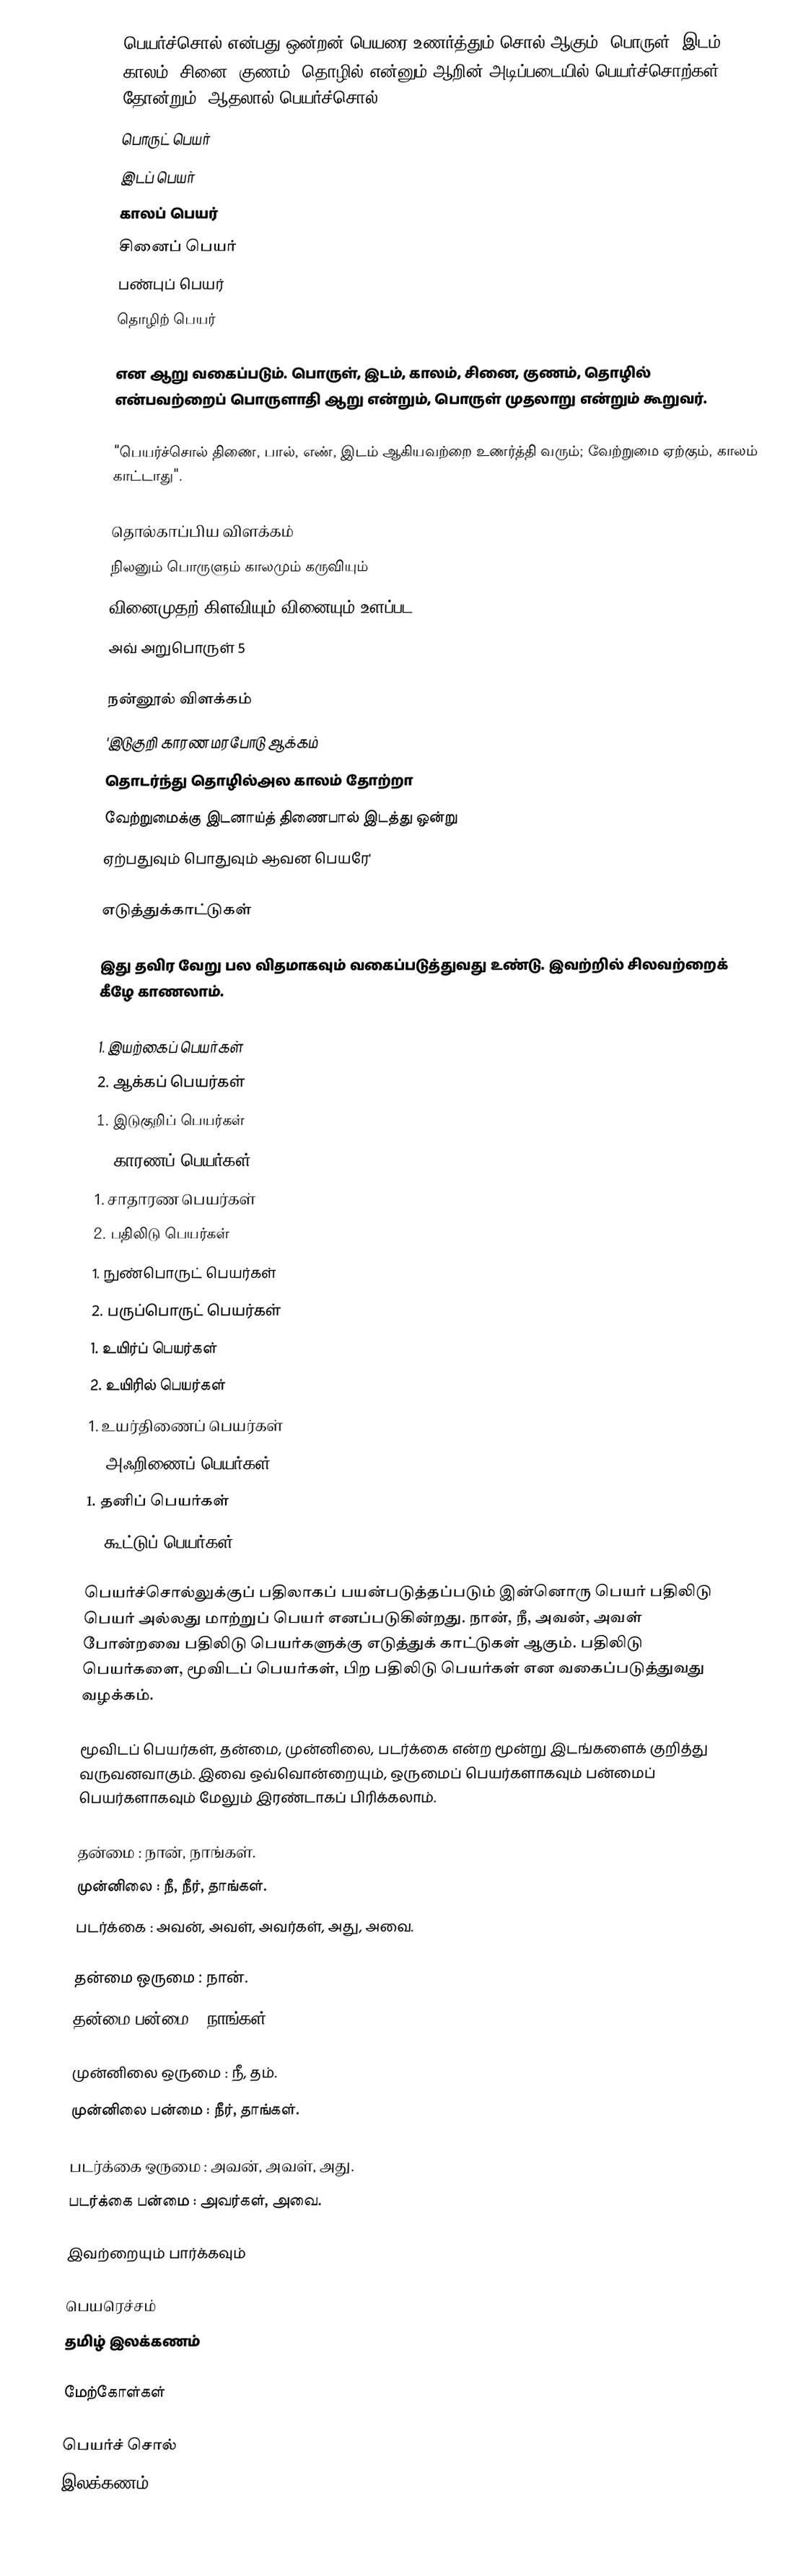
பெயர்ச்சொல் என்பது ஒன்றன் பெயரை உணர்த்தும் சொல் ஆகும். பொருள், இடம், காலம், சினை, குணம், தொழில் என்னும் ஆறின் அடிப்படையில் பெயர்ச்சொற்கள் தோன்றும். ஆதலால் பெயர்ச்சொல்
 பொருட் பெயர்
 இடப் பெயர்
 காலப் பெயர்
 சினைப் பெயர்
 பண்புப் பெயர்
 தொழிற் பெயர்

என ஆறு வகைப்படும். பொருள், இடம், காலம், சினை, குணம், தொழில் என்பவற்றைப் பொருளாதி ஆறு என்றும், பொருள் முதலாறு என்றும் கூறுவர்.

"பெயர்ச்சொல் திணை, பால், எண், இடம் ஆகியவற்றை உணர்த்தி வரும்; வேற்றுமை ஏற்கும், காலம் காட்டாது".

தொல்காப்பிய விளக்கம்
நிலனும் பொருளும் காலமும் கருவியும்
வினைமுதற் கிளவியும் வினையும் உளப்பட
அவ் அறுபொருள்  5

நன்னூல் விளக்கம்
'இடுகுறி காரண மரபோடு ஆக்கம்
தொடர்ந்து தொழில்அல காலம் தோற்றா
வேற்றுமைக்கு இடனாய்த் திணைபால் இடத்து ஒன்று
ஏற்பதுவும் பொதுவும் ஆவன பெயரே'

எடுத்துக்காட்டுகள்

இது தவிர வேறு பல விதமாகவும் வகைப்படுத்துவது உண்டு. இவற்றில் சிலவற்றைக் கீழே காணலாம்.

 1. இயற்கைப் பெயர்கள்
 2. ஆக்கப் பெயர்கள்
 1. இடுகுறிப் பெயர்கள்
 2. காரணப் பெயர்கள்
 1. சாதாரண பெயர்கள்
 2. பதிலிடு பெயர்கள்
 1. நுண்பொருட் பெயர்கள்
 2. பருப்பொருட் பெயர்கள்
 1. உயிர்ப் பெயர்கள்
 2. உயிரில் பெயர்கள்
 1. உயர்திணைப் பெயர்கள்
 2. அஃறிணைப் பெயர்கள்
 1. தனிப் பெயர்கள்
 2. கூட்டுப் பெயர்கள்

பெயர்ச்சொல்லுக்குப் பதிலாகப் பயன்படுத்தப்படும் இன்னொரு பெயர் பதிலிடு பெயர் அல்லது மாற்றுப் பெயர் எனப்படுகின்றது. நான், நீ, அவன், அவள் போன்றவை பதிலிடு பெயர்களுக்கு எடுத்துக் காட்டுகள் ஆகும். பதிலிடு பெயர்களை, மூவிடப் பெயர்கள், பிற பதிலிடு பெயர்கள் என வகைப்படுத்துவது வழக்கம்.

மூவிடப் பெயர்கள், தன்மை, முன்னிலை, படர்க்கை என்ற மூன்று இடங்களைக் குறித்து வருவனவாகும். இவை ஒவ்வொன்றையும், ஒருமைப் பெயர்களாகவும் பன்மைப் பெயர்களாகவும் மேலும் இரண்டாகப் பிரிக்கலாம்.

தன்மை : நான், நாங்கள்.
முன்னிலை : நீ, நீர், தாங்கள்.
படர்க்கை : அவன், அவள், அவர்கள், அது, அவை.

தன்மை ஒருமை : நான்.
தன்மை பன்மை : நாங்கள்.

முன்னிலை ஒருமை : நீ, தம்.
முன்னிலை பன்மை : நீர், தாங்கள்.

படர்க்கை ஒருமை : அவன், அவள், அது.
படர்க்கை பன்மை : அவர்கள், அவை.

இவற்றையும் பார்க்கவும்

 பெயரெச்சம்
 தமிழ் இலக்கணம்

மேற்கோள்கள்

பெயர்ச் சொல்
இலக்கணம்